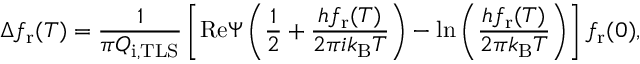
\Delta f _ { \mathrm { r } } ( T ) = \frac { 1 } { \pi Q _ { \mathrm { i , T L S } } } \left[ \mathrm { R e } \Psi \left( \frac { 1 } { 2 } + \frac { h f _ { \mathrm { r } } ( T ) } { 2 \pi i k _ { \mathrm { B } } T } \right) - \ln \left( \frac { h f _ { \mathrm { r } } ( T ) } { 2 \pi k _ { \mathrm { B } } T } \right) \right] f _ { \mathrm { r } } ( 0 ) ,